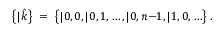
\bigl \{ | \hat { k } \bigr \} \ = \ \bigl \{ | 0 , 0 , | 0 , 1 , \ldots , | 0 , n { - } 1 , | 1 , 0 , \ldots \bigr \} \ .